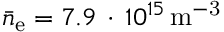
\bar { n } _ { \mathrm { e } } = 7 . 9 \, \cdot \, 1 0 ^ { 1 5 } \, \mathrm { { m } ^ { - 3 } }